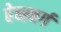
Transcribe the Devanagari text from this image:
हेब्स्बर्ग